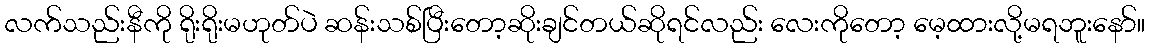
လက်သည်းနီကို ရိုးရိုးမဟုတ်ပဲ ဆန်းသစ်ပြီးတော့ဆိုးချင်တယ်ဆိုရင်လည်း လေးကိုတော့ မေ့ထားလို့မရဘူးနော်။